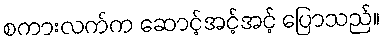
စကားလက်က ဆောင့်အင့်အင့် ပြောသည်။